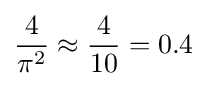
{4 \over \pi ^{2}}\approx {4 \over 10}=0.4